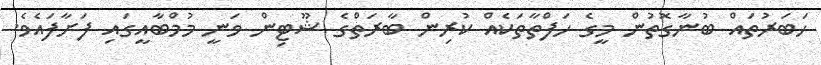
ހަބަރުތައް ބުނާގޮތުން މީގެ ހަފްތާތަކެއް ކުރިން ބާރަތްގެ ޝޫޓިން ވަނީ މުމްބާއީގައި ފަށާފައެވެ.